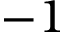
- 1